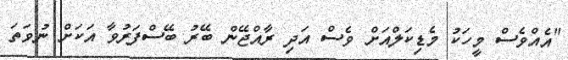
"އެއްވެސް މީހަކު މެޑިކަލްއަށް ވެސް އަދި ރާއްޖޭން ބޭރު ބޭސްފަރުވާ އަކަށް ނުވަތަ